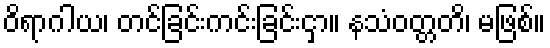
ဝိရာဂါယ၊ တင်ခြင်းကင်းခြင်းငှာ။ နသံဝတ္တတိ၊ မဖြစ်။